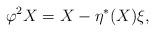
LaTeX: \begin{align*} \varphi^{2}X=X-\eta^{\ast}(X)\xi,\end{align*}